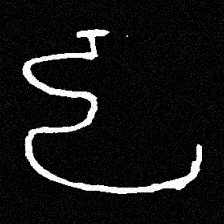
Pyu character \u2014 Myanmar letter: ဠ (romanized: lla)